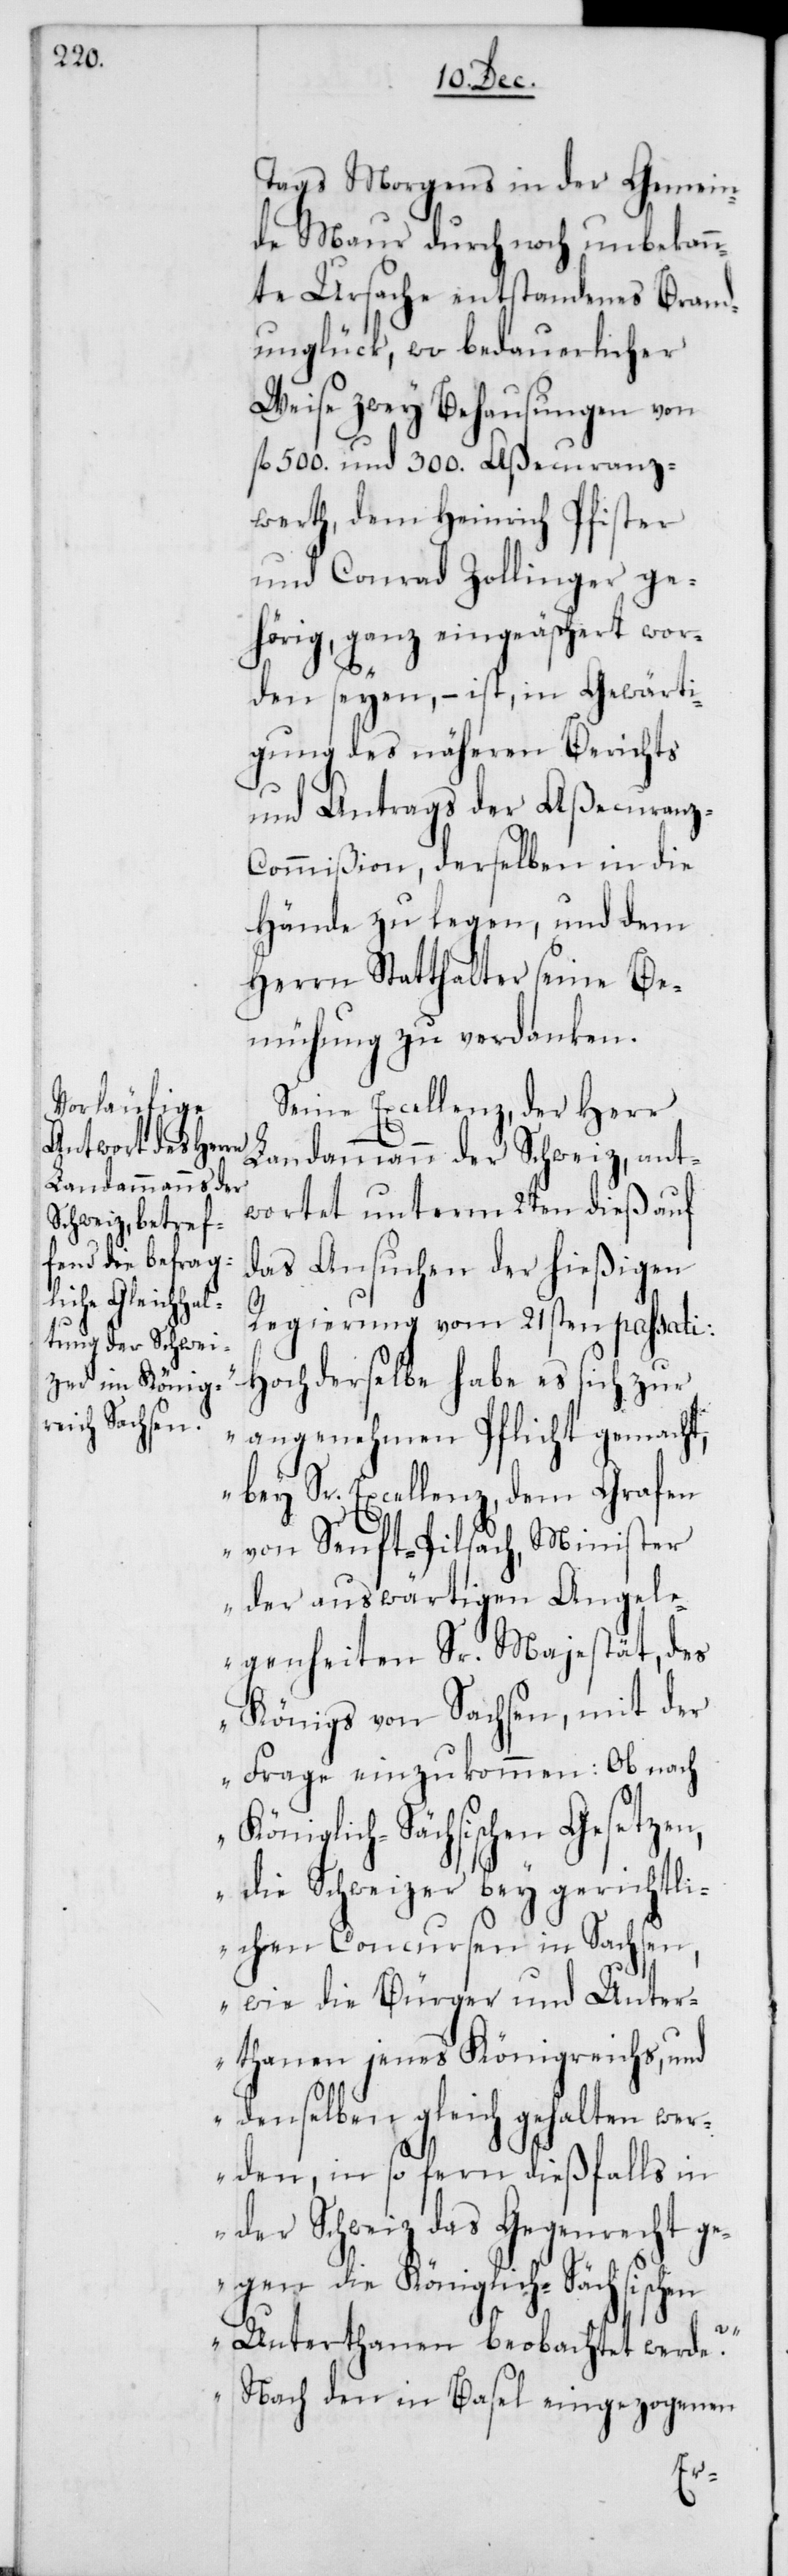
Tags Morgens in der Gemein¬
de Maur durch noch unbekann¬
te Ursache entstandenes Brand¬
unglück, wo bedauerlicher
Weise zwey Behausungen von
fl. 500. und 300. Aßecuranz¬
werth, dem Heinrich Pfister
und Conrad Zollinger ge¬
hörig, ganz eingeäschert wor¬
den seyen, – ist, in Gewärti¬
gung des näheren Berichts
und Antrags der Aßecuranz-C¬
ommißion, derselben in die
Hände zu legen, und dem
Herrn Statthalter seine Be¬
mühung zu verdanken.
Seine Excellenz, der Herr
Landammann der Schweiz, ant¬
wortet unterm 2ten dieß auf
das Ansuchen der hießigen
Regierung vom 21sten passati:
„Hochderselbe habe es sich zur
angenehmen Pflicht gemacht,
bey Sr. Excellenz, dem Grafen
von Senft-Pilsach, Minister
der auswärtigen Angel¬
egenheiten Sr. Majestät, des
Königs von Sachsen, mit der
Frage einzukommen: Ob nach
Königlich-Sächsischen Gesetzen,
die Schweizer bey gerichtli¬
chen Concursen in Sachsen,
wie die Bürger und Unter¬
thanen jenes Königreichs, und
denselben gleich gehalten wer¬
den, in so fern dießfalls in
der Schweiz das Gegenrecht ge¬
gen die Königlich-Sächsischen
Unterthanen beobachtet werde?“
„Nach den in Basel eingezogenen